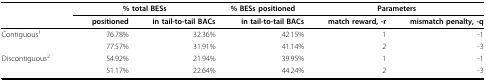
|  | <COLSPAN=2> % total BESs | % BESs positioned | <COLSPAN=2> Parameters |
 |  | positioned | in tail-to-tail BACs | in tail-to-tail BACs | match reward, -r | mismatch penalty, -q |
 | --- | --- | --- | --- | --- | --- |
 | Contiguous1 | 76.78% | 32.36% | 42.15% | 1 | -1 |
 |  | 77.57% | 31.91% | 41.14% | 2 | -3 |
 | Discontiguous2 | 54.92% | 21.94% | 39.95% | 1 | -1 |
 |  | 51.17% | 22.64% | 44.24% | 2 | -3 |